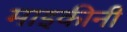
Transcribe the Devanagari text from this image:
माइकीनी